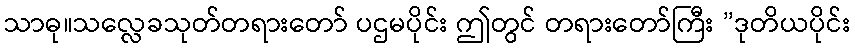
သာဓု။သလ္လေခသုတ်တရားတော် ပဌမပိုင်း ဤတွင် တရားတော်ကြီး ”ဒုတိယပိုင်း